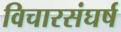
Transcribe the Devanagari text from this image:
विचारसंघर्ष